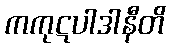
ကကုဋပါဒါနီတိ